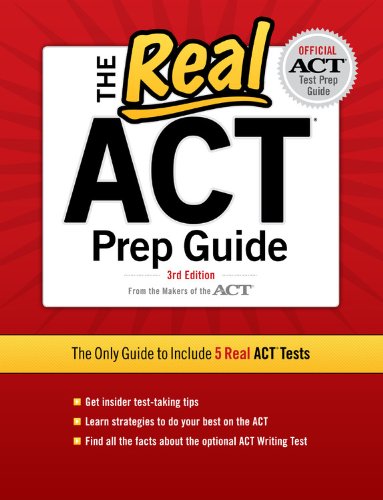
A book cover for The Real ACT, 3rd Edition (Real ACT Prep Guide); Inc. ACT; Test Preparation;